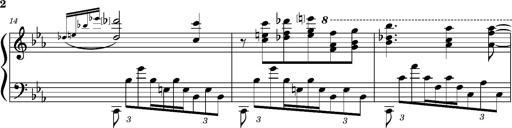
Title: PrÃ©ludes et Harmonies poÃ©tiques et religieuses
Composer: Franz Liszt